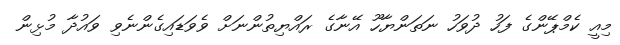
މިއީ ކެމްޕޭންގެ ފަހު ދުވަހު ނަތަންޔާހޫ އޭނާގެ ރައްޔިތުންނަށް ވެވަޑައިގެންނެވި ވައުދާ މުޅިން